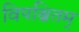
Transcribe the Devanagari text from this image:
विपश्चितम्